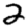
Digit: 2